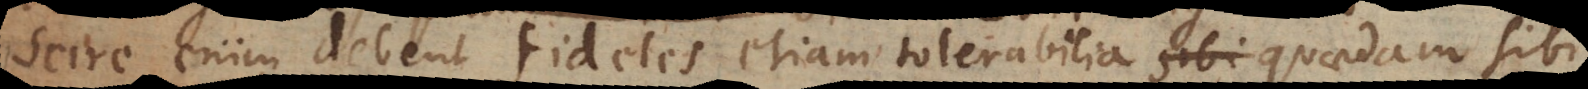
Scire enim debent fideles etiam tolerabilia quaedam sibi,